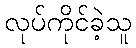
လုပ်ကိုင်ခဲ့သူ